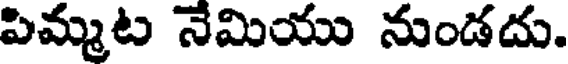
పిమ్మట నేమియు నుండదు.